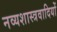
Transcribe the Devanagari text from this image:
नव्यशास्त्रवादियों